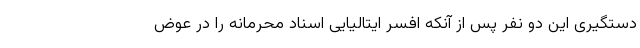
دستگیری این دو نفر پس از آنکه افسر ایتالیایی اسناد محرمانه را در عوض